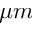
\mu m